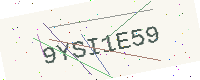
Text: 9YSI1E59